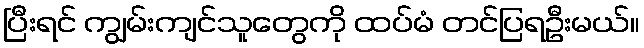
ပြီးရင် ကျွမ်းကျင်သူတွေကို ထပ်မံ တင်ပြရဦးမယ်။